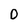
Character: O